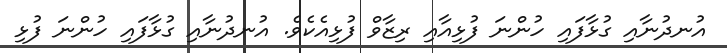
އުނދުނާއި ގުޅާފައި ހުންނަ ފުޅިއާއި ރިޒާވް ފުޅިއެކެވެ. އުނދުނާއި ގުޅާފައި ހުންނަ ފުޅި